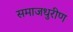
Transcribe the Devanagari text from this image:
समाजधुरीण